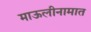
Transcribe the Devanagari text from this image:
माऊलीनामात